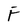
Character: F